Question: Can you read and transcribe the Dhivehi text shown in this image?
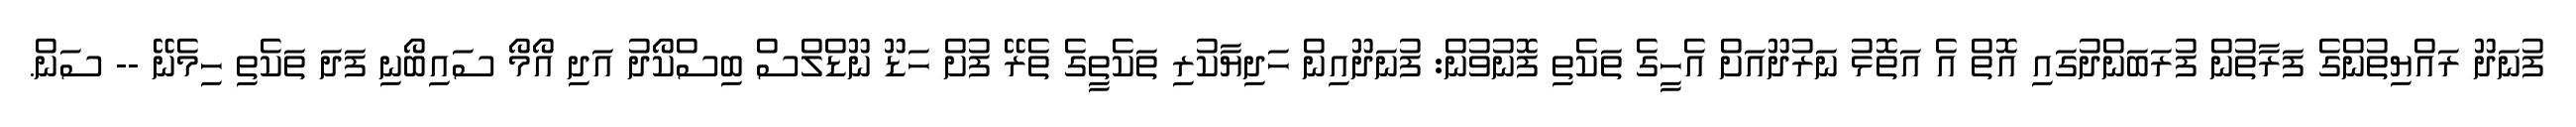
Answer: ފުނަދޫ ރައްޔިތުންގެ ފަރާތުން ފުރަބަންދުގައި އޮތް އެ އަތޮޅު ނަރުދޫއަށް އެހީގެ ތަކެތި ފޮނުވުން: ފުނަދޫއިން ހަދިޔާކުރި ތަކެތީގެ ތެރޭ ފުށް ހަޑޫ ނޫޑްލްސް ބިސްކޯދު އަދި އޯމޯ ސައިބޯނި ފަދަ ތަކެތި ހިމެނޭ -- ސަން.